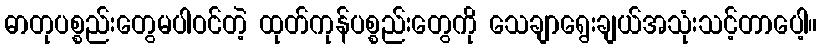
ဓာတုပစ္စည်းတွေမပါဝင်တဲ့ ထုတ်ကုန်ပစ္စည်းတွေကို သေချာရွေးချယ်အသုံးသင့်တာပေါ့။